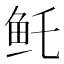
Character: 𱇏